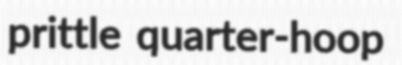
prittle quarter-hoop